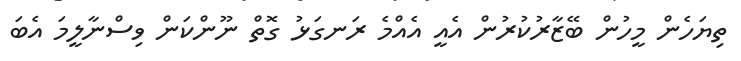
ތިޔަހެން މީހުން ބޭޒާރުކުރުން އެއީ އެއްމެ ރަނގަޅު ގޮތް ނޫންކަން ވިސްނާލީމަ އެބަ